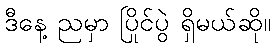
ဒီနေ့ ညမှာ ပြိုင်ပွဲ ရှိမယ်ဆို။